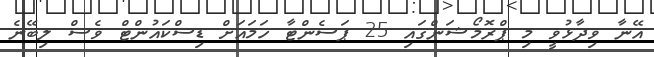
އޭނާ ވިދާޅުވީ މި ޕްރޮމޯޝަންގައި 25 ޕަސެންޓާ ހަމައަށް ޑިސްކައުންޓް ވެސް ލިބޭނެ